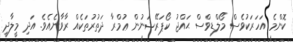
ކޮންމެ އަހަރަކުވެސް މޯލްޑިވްސް ޙައްޖު ކޯޕަރޭޝަނުން ޢުމްރާ ދަތުރުތަކެއް ރާވާނެއެވެ. އަދި މީލާދީ